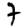
Digit: 7